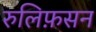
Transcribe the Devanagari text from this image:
रुलिफ़सन